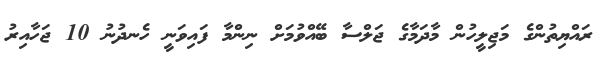
ރައްޔިތުންގެ މަޖިލީހުން މާދަމާގެ ޖަލްސާ ބޭއްވުމަށް ނިންމާ ފައިވަނީ ހެނދުނު 10 ޖަހާއިރު